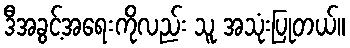
ဒီအခွင့်အရေးကိုလည်း သူ အသုံးပြုတယ်။